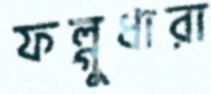
ফল্গুধারা